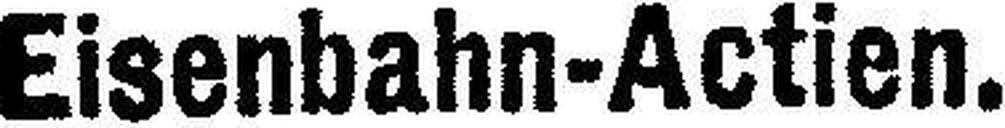
Eisenbahn-Actien.